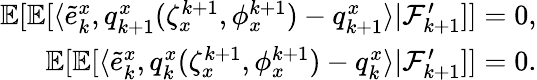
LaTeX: \begin{array}{r}{\mathbb{E}[\mathbb{E}[\langle\tilde{e}_{k}^{x},q_{k+1}^{x}(\zeta_{x}^{k+1},\phi_{x}^{k+1})-q_{k+1}^{x}\rangle|\mathcal{F}_{k+1}^{\prime}]]=0,}\\ {\mathbb{E}[\mathbb{E}[\langle\tilde{e}_{k}^{x},q_{k}^{x}(\zeta_{x}^{k+1},\phi_{x}^{k+1})-q_{k}^{x}\rangle|\mathcal{F}_{k+1}^{\prime}]]=0.}\end{array}